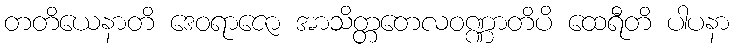
တတိယေနာတိ ဒေဝရာဇော အာသိတ္တတေလဝဏ္ဏာတိပိ ထေရီတိ ပါပနာ